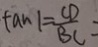
\tan 1 = \frac { C D } { B C } =